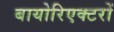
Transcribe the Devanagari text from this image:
बायोरिएक्टरों